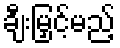
ချီးမြှင့်မည့်